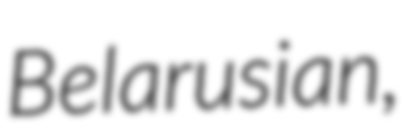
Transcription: Belarusian,